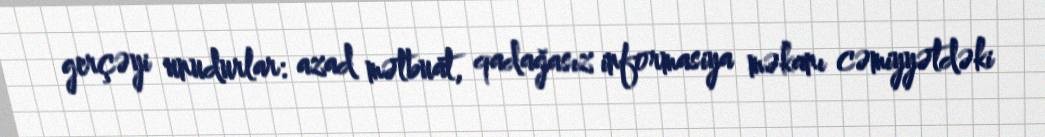
gerçəyi unudurlar: azad mətbuat, qadağasız informasiya məkanı cəmiyyətdəki